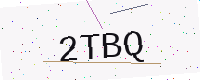
Text: 2TBQ